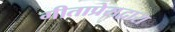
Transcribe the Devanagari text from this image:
गीताप्रेसद्वारा